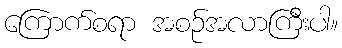
ကြောက်စရာ အစဉ်အလာကြီးပါ။